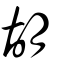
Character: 衚